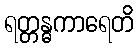
ရတ္တန္ဓကာရေတိ